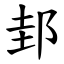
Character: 邽